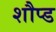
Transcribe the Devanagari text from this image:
शौप्ड